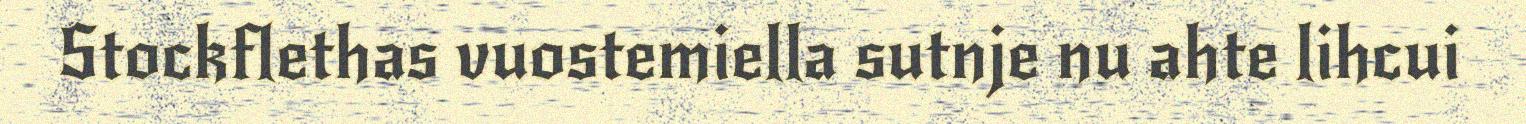
Stockflethas vuostemiella sutnje nu ahte lihcui